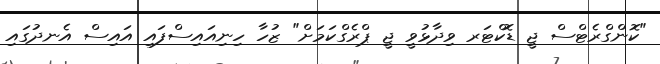
"ކޮންގްރެޓްސް ޖީ ޑޮކްޓަރ ވިދާޅުވީ ޖީ ޕްރެގްކަމަށް" ޒުހާ ހިނިއައިސްފައި އައިސް އެނދުގައި